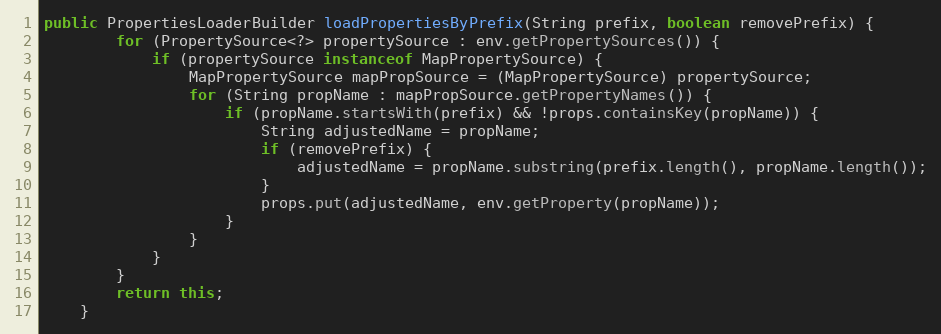
Language: Java
public PropertiesLoaderBuilder loadPropertiesByPrefix(String prefix, boolean removePrefix) {
    	for (PropertySource<?> propertySource : env.getPropertySources()) {
            if (propertySource instanceof MapPropertySource) {
                MapPropertySource mapPropSource = (MapPropertySource) propertySource;
                for (String propName : mapPropSource.getPropertyNames()) {
                    if (propName.startsWith(prefix) && !props.containsKey(propName)) {
                    	String adjustedName = propName;
                    	if (removePrefix) {
                    		adjustedName = propName.substring(prefix.length(), propName.length());
                    	}
                        props.put(adjustedName, env.getProperty(propName));
                    }
                }
            }
        }
        return this;
    }